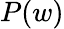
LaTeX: P(w)